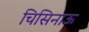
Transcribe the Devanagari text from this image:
चिसिनाऊ